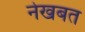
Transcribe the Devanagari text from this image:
नेखबत